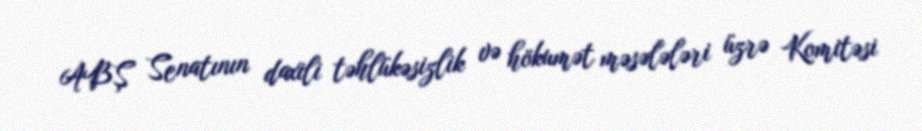
ABŞ Senatının daxili təhlükəsizlik və hökumət məsələləri üzrə Komitəsi